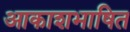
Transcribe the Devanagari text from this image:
आकाशभाषित